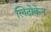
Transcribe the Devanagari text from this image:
लिदोकेन